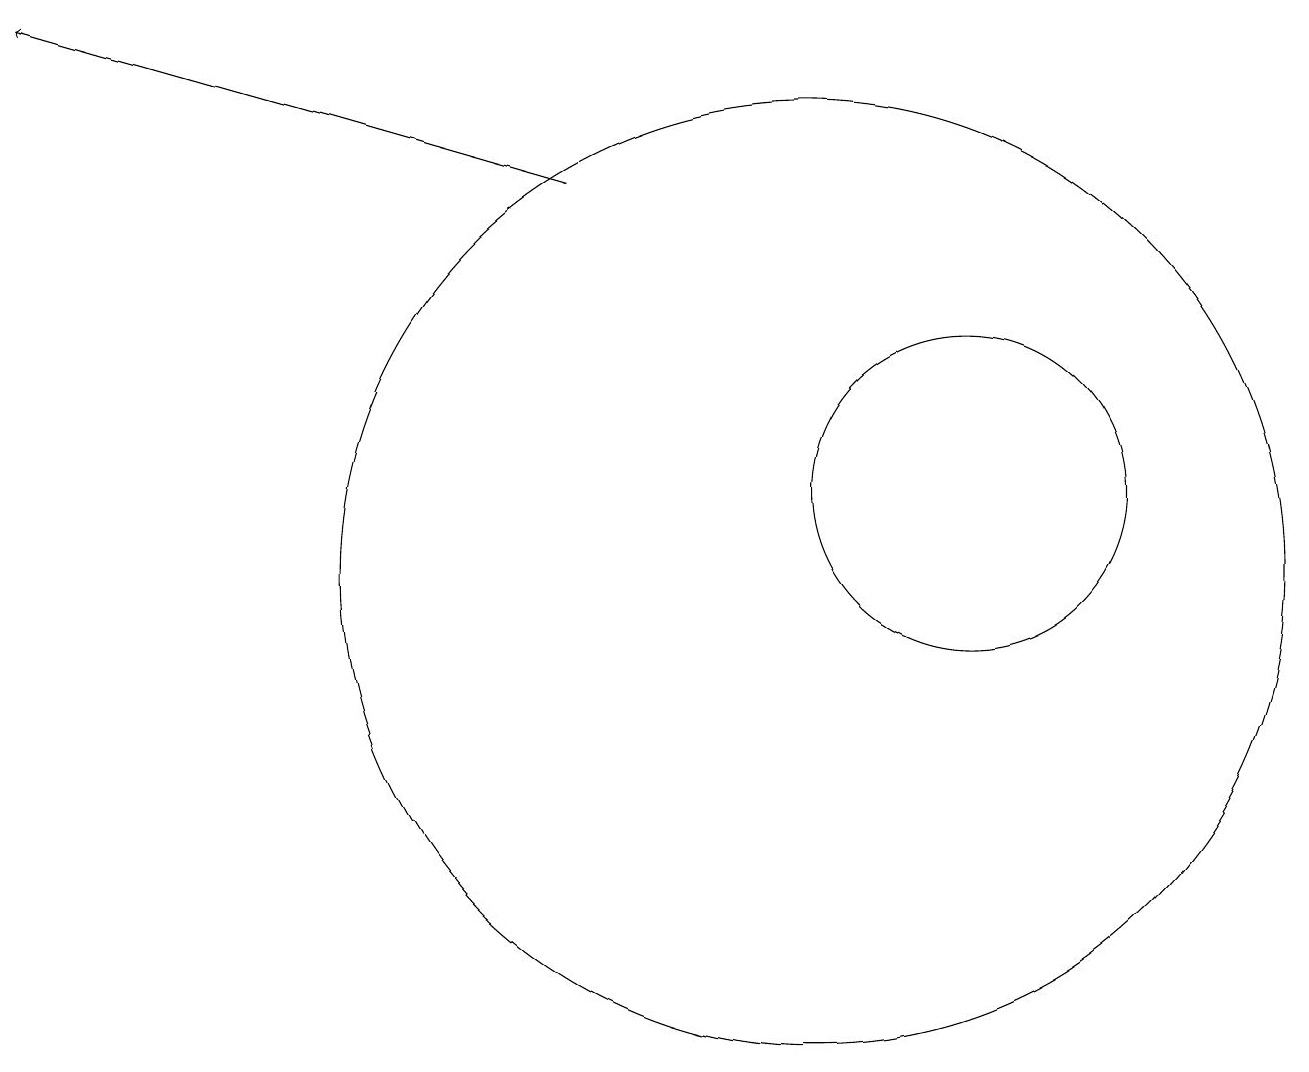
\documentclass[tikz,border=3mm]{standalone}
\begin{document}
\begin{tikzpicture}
\draw (12,12) circle (2);
\draw[->] (7,16) -- (0,18);
\draw (10,11) circle (0);
\draw (10,11) circle (6);
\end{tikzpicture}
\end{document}